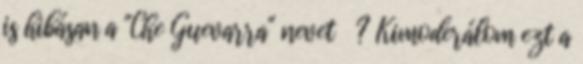
is hibásan a "Che Guevarra" nevet ? Kimoderálom ezt a